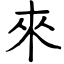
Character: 來